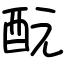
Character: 酛